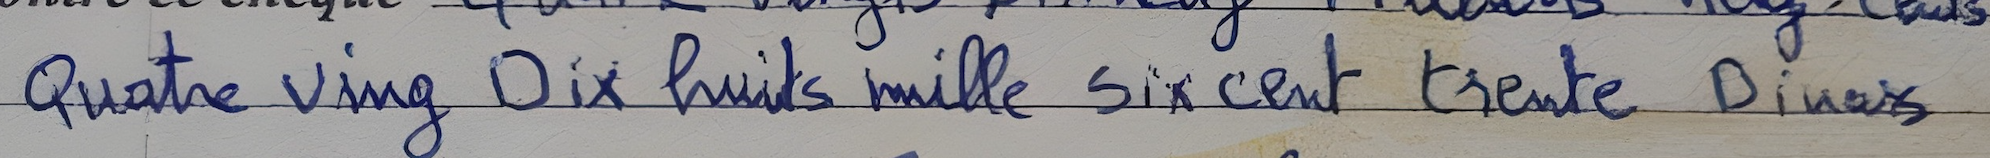
Quatre ving Dix huits mille Six cent trente Dinars